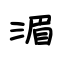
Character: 湄